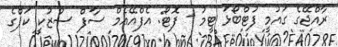
ރާއްޖޭގެ ގައުމީ ފުޓްބޯޅަ ޓީމު - ފޮޓޯ: އެފްއޭއެމް ސާފް ސުޒުކީ ކަޕްގެ